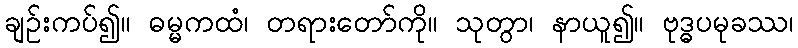
ချဉ်းကပ်၍။ ဓမ္မကထံ၊ တရားတော်ကို။ သုတွာ၊ နာယူ၍။ ဗုဒ္ဓပမုခဿ၊